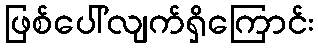
ဖြစ်ပေါ်လျက်ရှိကြောင်း